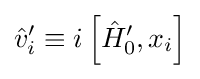
{\hat {v}}_{i}'\equiv i\left[{\hat {H}}'_{0},x_{i}\right]